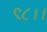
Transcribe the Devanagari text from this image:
९८।।